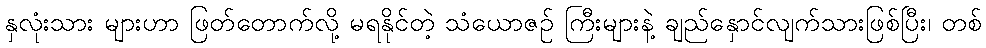
နှလုံးသား များဟာ ဖြတ်တောက်လို့ မရနိုင်တဲ့ သံယောဇဉ် ကြီးများနဲ့ ချည်နှောင်လျက်သားဖြစ်ပြီး၊ တစ်